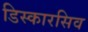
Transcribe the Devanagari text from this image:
डिस्कारसिव